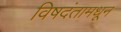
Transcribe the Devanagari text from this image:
विषदंतामधून